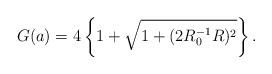
LaTeX: \begin{align*}G(a)&=4\left\{1+\sqrt{1+(2R_0^{-1}R)^2}\right\}.\end{align*}